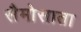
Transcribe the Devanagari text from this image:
सैमोसाता